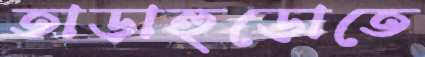
তাড়াহুড়োতে